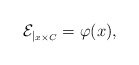
\begin{align*}\mathcal{E}_{|_{x \times C}} = \varphi(x),\end{align*}